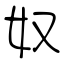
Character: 奴